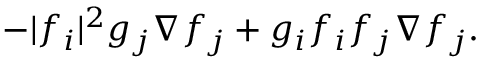
- | f _ { i } | ^ { 2 } g _ { j } \nabla f _ { j } + g _ { i } f _ { i } f _ { j } \nabla f _ { j } .